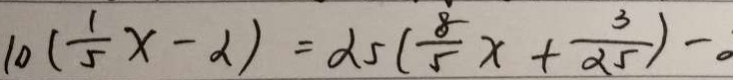
1 0 ( \frac { 1 } { 5 } x - 2 ) = 2 5 ( \frac { 8 } { 5 } x + \frac { 3 } { 2 5 } ) - 。